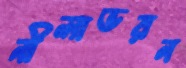
নীলাভরন